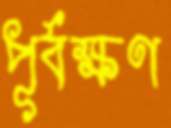
পূর্বক্ষণ